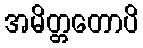
အမိတ္တတောပိ